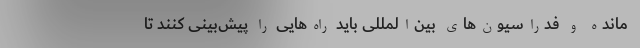
مانده و فدراسیون‌های بین‌المللی باید راه‌هایی را پیش‌بینی کنند تا